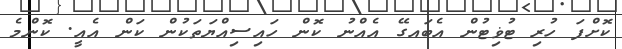
ކޮށްފަ ހުރި ޓުޥިޓުން އެބައގޭ އެއްނު ކޮން ހައިސިއްޔަތަކުން ކަން އެއީ. ކޮންމެ